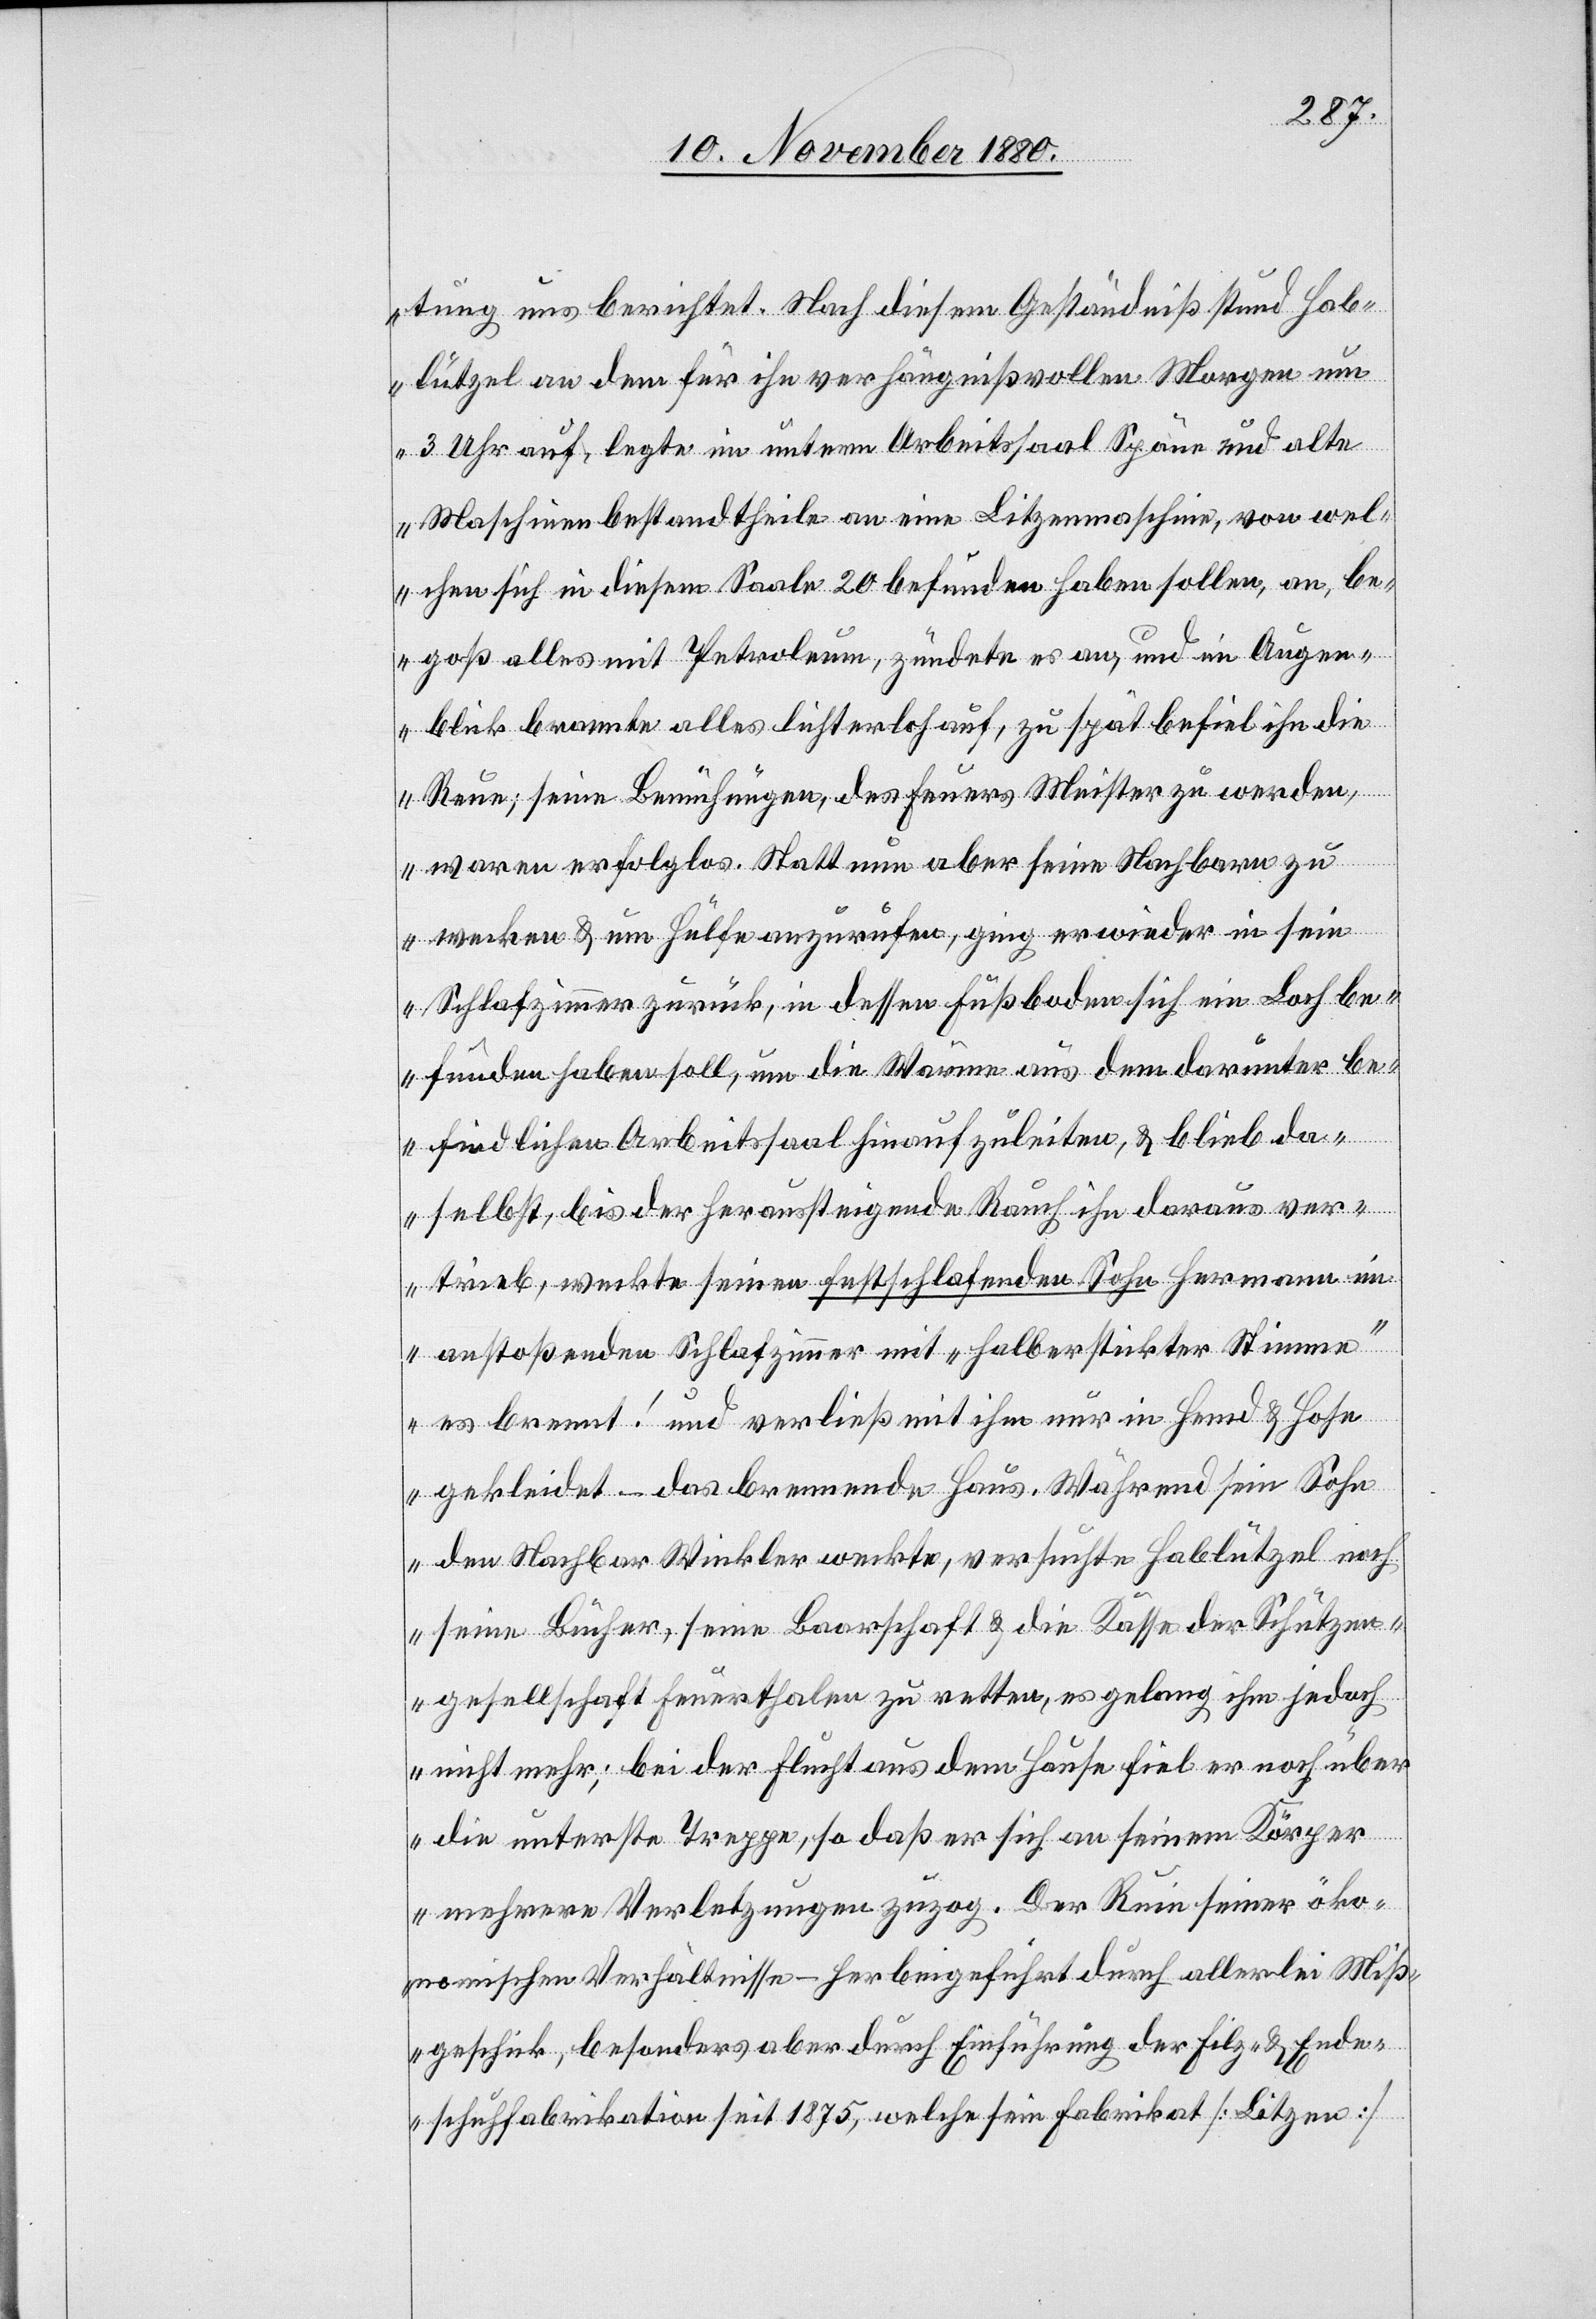
tung uns berichtet. Nach diesem Geständniß stund Hab¬
lützel an dem für ihn verhängnißvollen Morgen um
3 Uhr auf, legte im untern Arbeitssaal Späne und alte
Maschinenbestandtheile an eine Litzenmaschine, von wel¬
chen sich in diesem Saale 20 befunden haben sollen, an, be¬
goß alles mit Petroleum, zündete es an, und im Augen¬
blick brannte alles lichterloh auf, zu spät befiel ihn die
Reue; seine Bemühungen, des Feuers Meister zu werden,
waren erfolglos. Statt nun aber seine Nachbarn zu
wecken & um Hülfe anzurufen, ging er wieder in sein
Schlafzimmer zurück, in dessen Fußboden sich ein Loch be¬
funden haben soll, um die Wärme aus dem darunter be¬
findlichen Arbeitssaal hinaufzuleiten, & blieb da¬
selbst, bis der heraufsteigende Rauch ihn daraus ver¬
trieb, weckte seinen festschlafenden Sohn Hermann i¬
m anstoßenden Schlafzimmer mit „halberstickter Stimme“
es brennt! und verließ mit ihm nur in Hemd & Hose
gekleidet – das brennende Haus. Während sein Sohn
den Nachbar Winkler weckte, versuchte Hablützel noch
seine Bücher, seine Baarschaft & die Kasse der Schützen¬
gesellschaft Feuerthalen zu retten, es gelang ihm jedoch
nicht mehr; bei der Flucht aus dem Hause fiel er noch über
die unterste Treppe, so daß er sich an seinem Körper
mehrere Verletzungen zuzog. Der Ruin seiner öko¬
nomischen Verhältnisse – herbeigeführt durch allerlei Miß¬
geschick, besonders aber durch Einführung der Filz- & Ende¬
schuhfabrikation seit 1875, welche sein Fabrikat [Litzen]